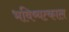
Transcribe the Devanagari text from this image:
भविष्यत्काल